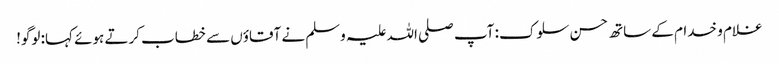
غلام و خدام کے ساتھ حسن سلوک: آپ صلی اللہ علیہ وسلم نے آقاؤں سے خطاب کرتے ہوئے کہا: لوگو!